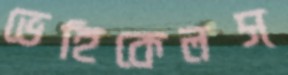
ভেহিকেলস্